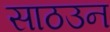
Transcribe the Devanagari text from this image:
साठउन